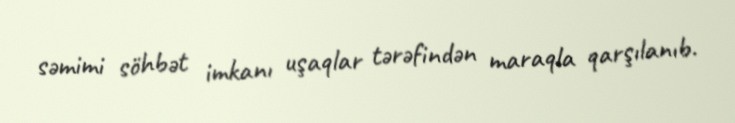
səmimi söhbət imkanı uşaqlar tərəfindən maraqla qarşılanıb.